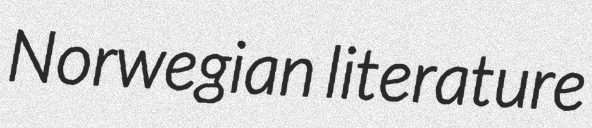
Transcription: Norwegian literature